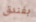
بفندق